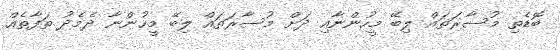
ބޮޑެތި މުސާރަތައް ލިބޭ މީހުންނާއި ދަށް މުސާރަތައް ލިބޭ މީހުންނާ ދެމެދު ތަފާތެއް